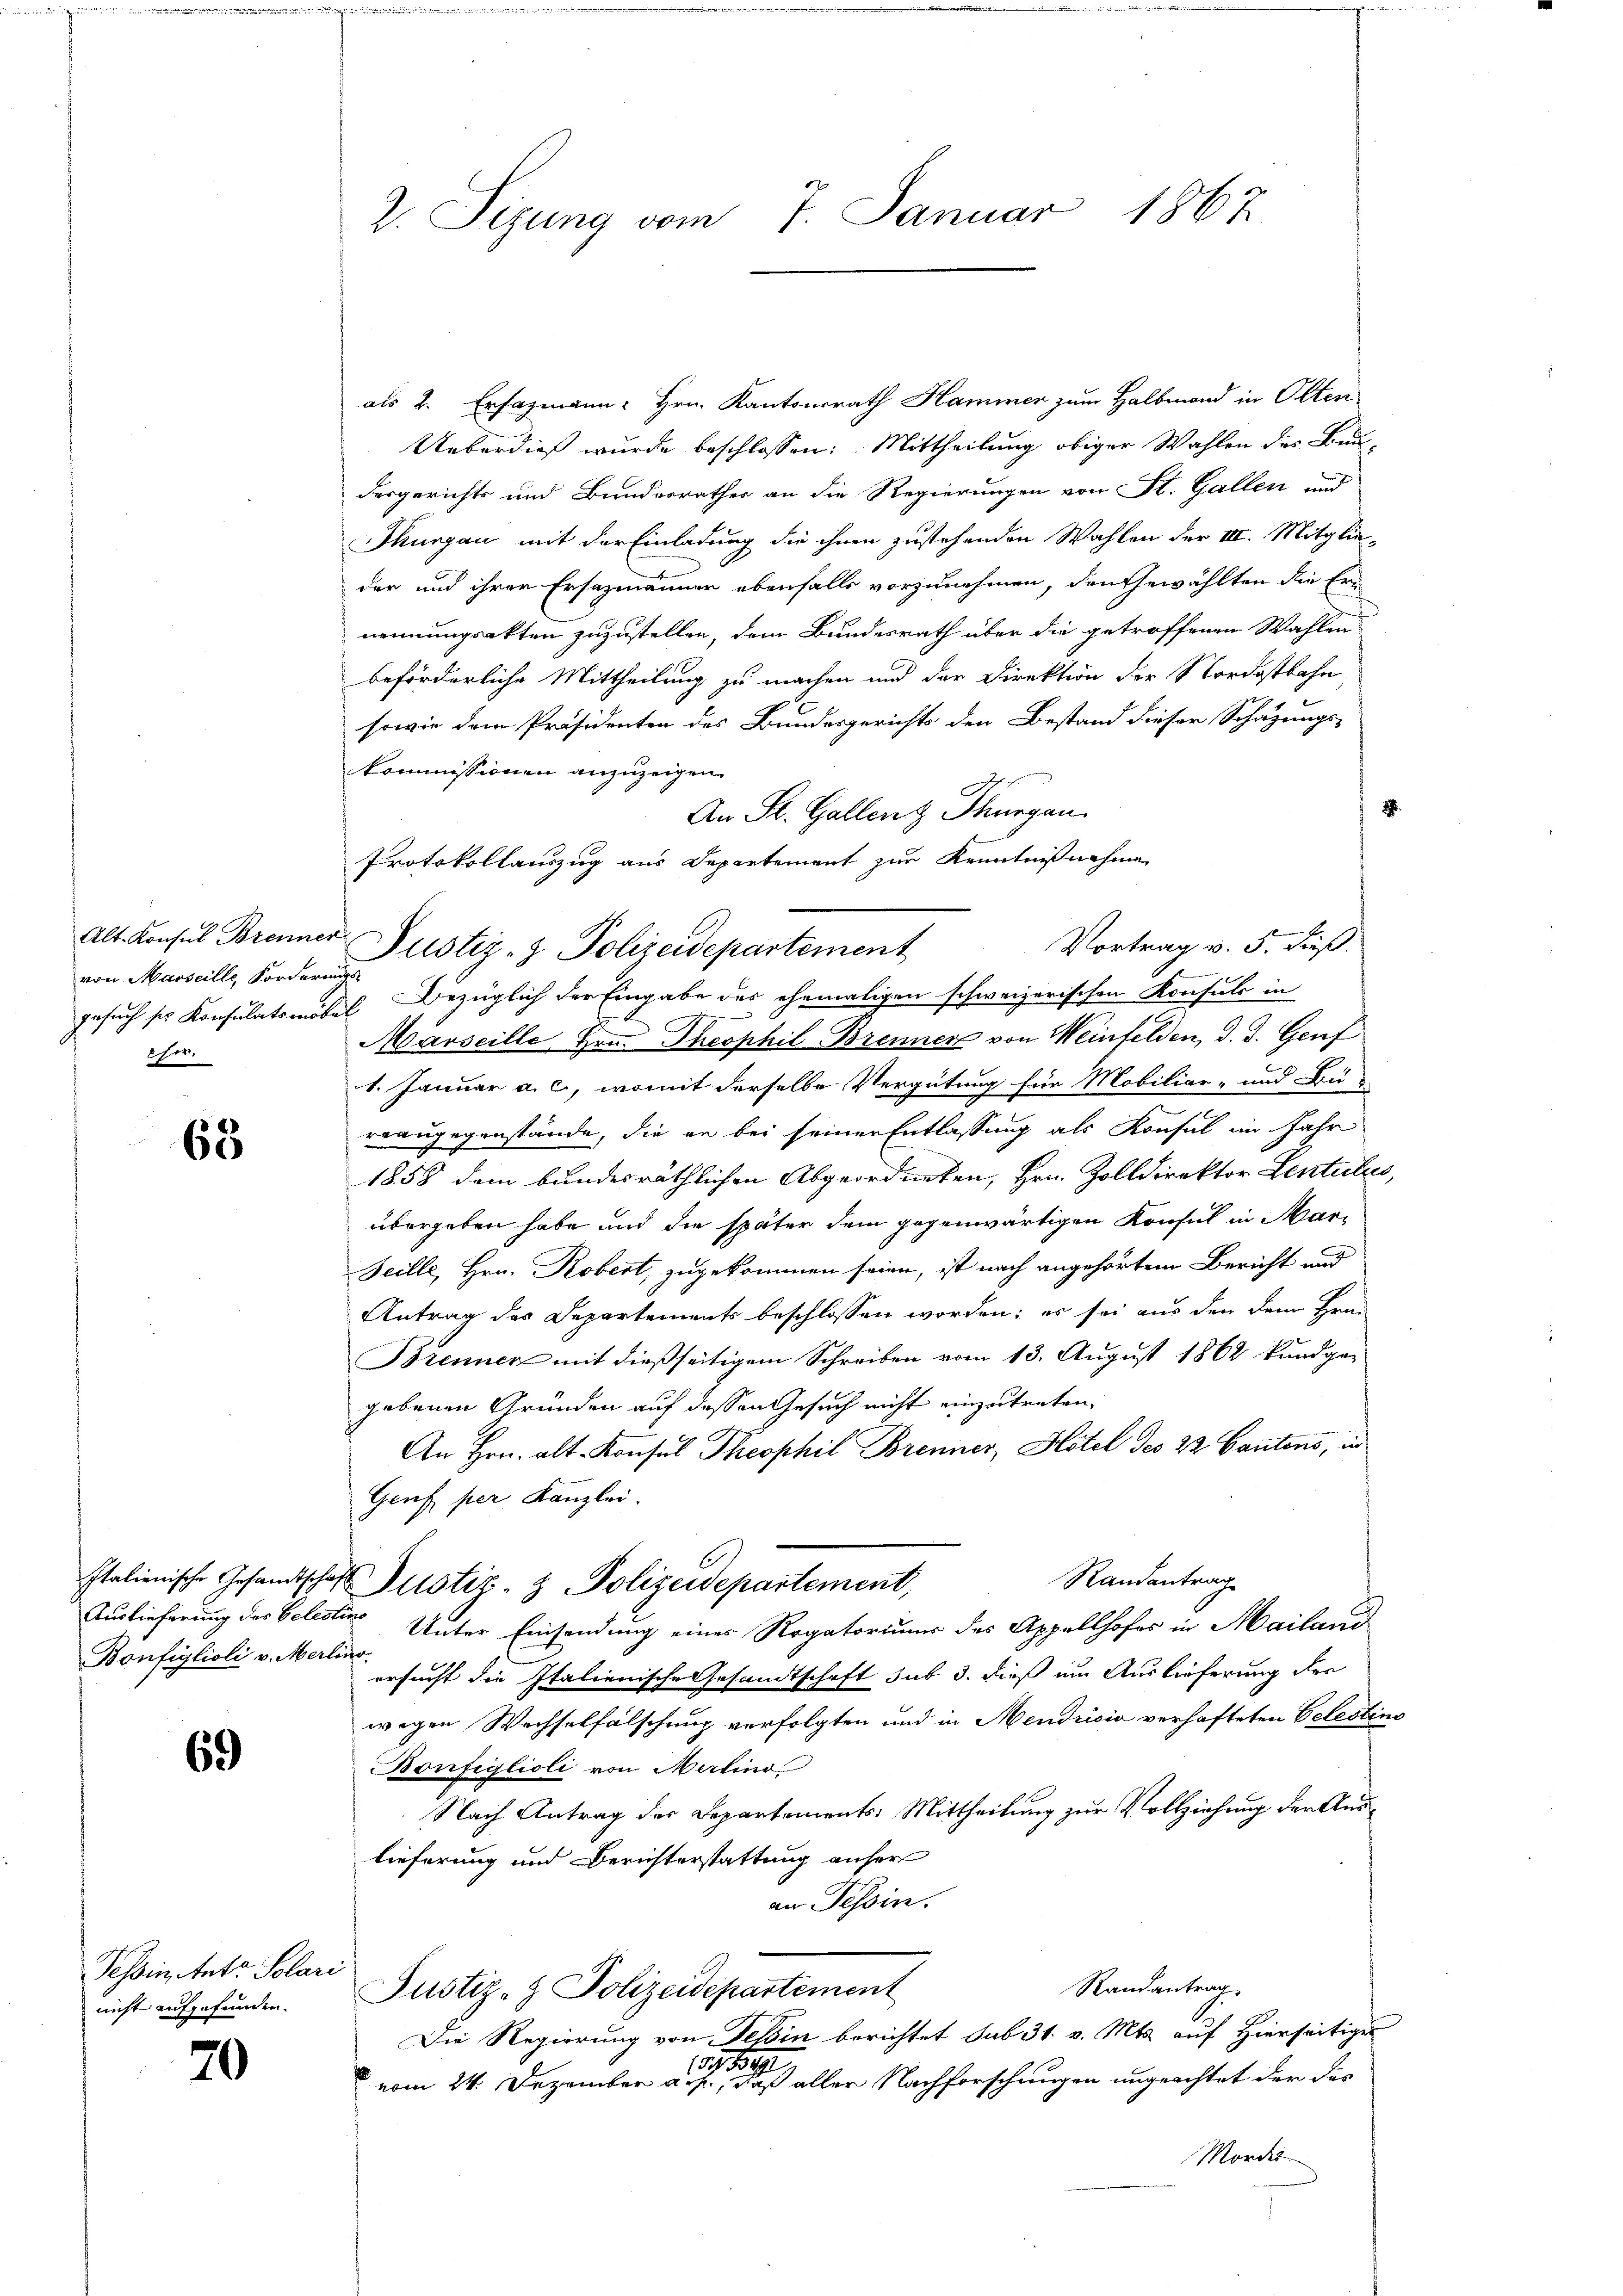
von Marseille Forderungs-
fer.

63

Bonfiglioli v. Merlino.

69

Tessin Ant. Solari
nicht aufgefunden.

20

2. Sizung vom 7. Januar 1867

als 2. Ersazmann Hrn. Kantonsrath Hammer zum Halbmond in Olten
Ueberdieß wurde beschlossen: Mittheilung obiger Wahlen des Bun-
dergerichts und Bundesrathes an die Regierungen von St. Gallen und
Thurgau mit der Einladung die ihnen zustehenden Wahlen der III. Mitglieder und ihrer Ersazmänner ebenfalls vorzunehmen, den Gewählten die Ernennungsakten zuzustellen, dem Bundesrath über die getroffenen Wahlen
beförderliche Mittheilung zu machen und der Direktion der Nordostbahn,
sowie dem Präsidenten des Bundesgerichts den Bestand dieser Schazungs-
Kommissionen anzuzeigen.
An St. Gallenz Thurgau.
Protokollauszug aus Departement zur Kenntnißnahme
Vortrag v. 5. dieß.
Alt. Konsul Brenner Justiz- & Polizeidepartement
gesuch sie Konsulatsmöbel Bezüglich der Eingabe des ehemaligen schweizerischen Konsuls in
n
Marseille Hrn. Theophil Brenner von Weinfelden, d. d. Genf
1. Januar a. c., womit derselbe Vergütung für Mobiliar- und Bü-
reaugegenstände, die er bei seiner Entlassung als Konsul im Jahr
1858 dem bundesräthlichen Abgeordneten, Hrn. Zolldirektor Lentiles,
übergeben habe und die später dem gegenwärtigen Konsul in Mar-
Seille, Hrn. Robert, zugekommen seien, ist nach angehörtem Bericht und
Antrag des Departements beschlossen worden; es sei aus den dem Frau
Brenner mit dießseitigem Schreiben vom 13. August 1862 kundge-
gebenen Gründen auf dessen Gesuch nicht einzutreten,
An Hrn. Alt-Konsul Theophil Brenner, Hotel des 22. Cantons, und
Genf per Kanzlei.
Randantrag
Italienische Gesandtschaft Zustiz- & Polizeidepartement,
Auslieferung des belegten Unter Einsendung eines Rogatoriums des Appellhofes in Mailand
ersucht die Italienische Gesandtschaft sub 3. dieß um Auslieferung der
wegen Wechselfälschung verfolgten und in Mendricia verhafteten Celestin¬
Bonfiglioli von Merlino
Nach Antrag der Departements: Mittheilung zur Vollziehung der Auslieferung und Berichterstattung anher
an Tessin.
Randantrag
Justiz- & Polizeidepartement
Die Regierung von Fehin berichtet sub 31. v. Mts. auf Hierseitiger
13,1549
vom 24. Dezember a. p., daß aller Nachforschungen ungeachtet der das
Mordes